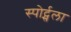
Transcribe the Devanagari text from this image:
स्पोर्ट्सला